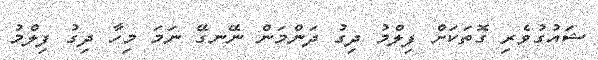
ޝައުގުވެރި ގޮތަކަށް ފިލްމު ދިގު ދަންމަން ނޭނގޭ ނަމަ މިހާ ދިގު ފިލްމު